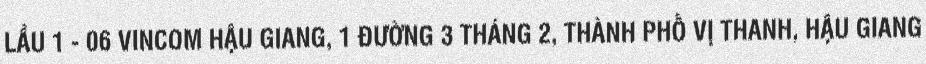
LẦU 1 - 06 VINCOM HẬU GIANG, 1 ĐƯỜNG 3 THÁNG 2, THÀNH PHỐ VỊ THANH, HẬU GIANG